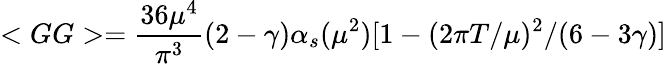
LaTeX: <GG>=\frac{36\mu^{4}}{\pi^{3}}(2-\gamma)\alpha_{s}(\mu^{2})[1-(2\pi T/\mu)^{2}/(6-3\gamma)]